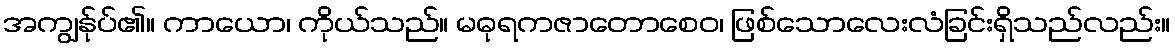
အကျွန်ုပ်၏။ ကာယော၊ ကိုယ်သည်။ မဓုရကဇာတောစေဝ၊ ဖြစ်သောလေးလံခြင်းရှိသည်လည်း။